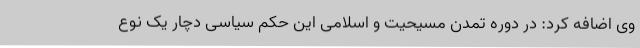
وی اضافه کرد: در دوره تمدن مسیحیت و اسلامی این حکم سیاسی دچار یک نوع